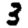
Digit: 3